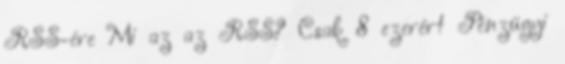
RSS-ére Mi az az RSS? Csak 8 ezerért Pénzügyi